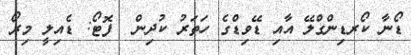
ޑޯނާ ކޯރޑިންގްލޭ އާއި ޑޭވިޑްގެ ހަތަރު ކުދިން  ފޮޓޯ: ޑެއިލީ މިރޯ